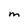
Character: M